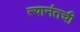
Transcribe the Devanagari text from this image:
त्यानंतची